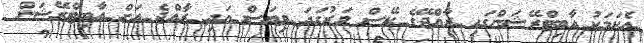
އެކަމަކު އާބިޓްރޭޝަންގައި ރާއްޖޭގެ ކޭސް ވަރުގަދަ ވިޔަސް އަދި ރާއްޖެ އަށް އާބިޓްރޭޝަން